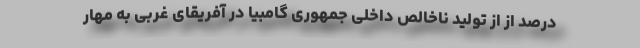
درصد از از تولید ناخالص داخلی جمهوری گامبیا در آفریقای غربی به مهار